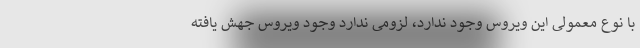
با نوع معمولی این ویروس وجود ندارد، لزومی ندارد وجود ویروس جهش یافته